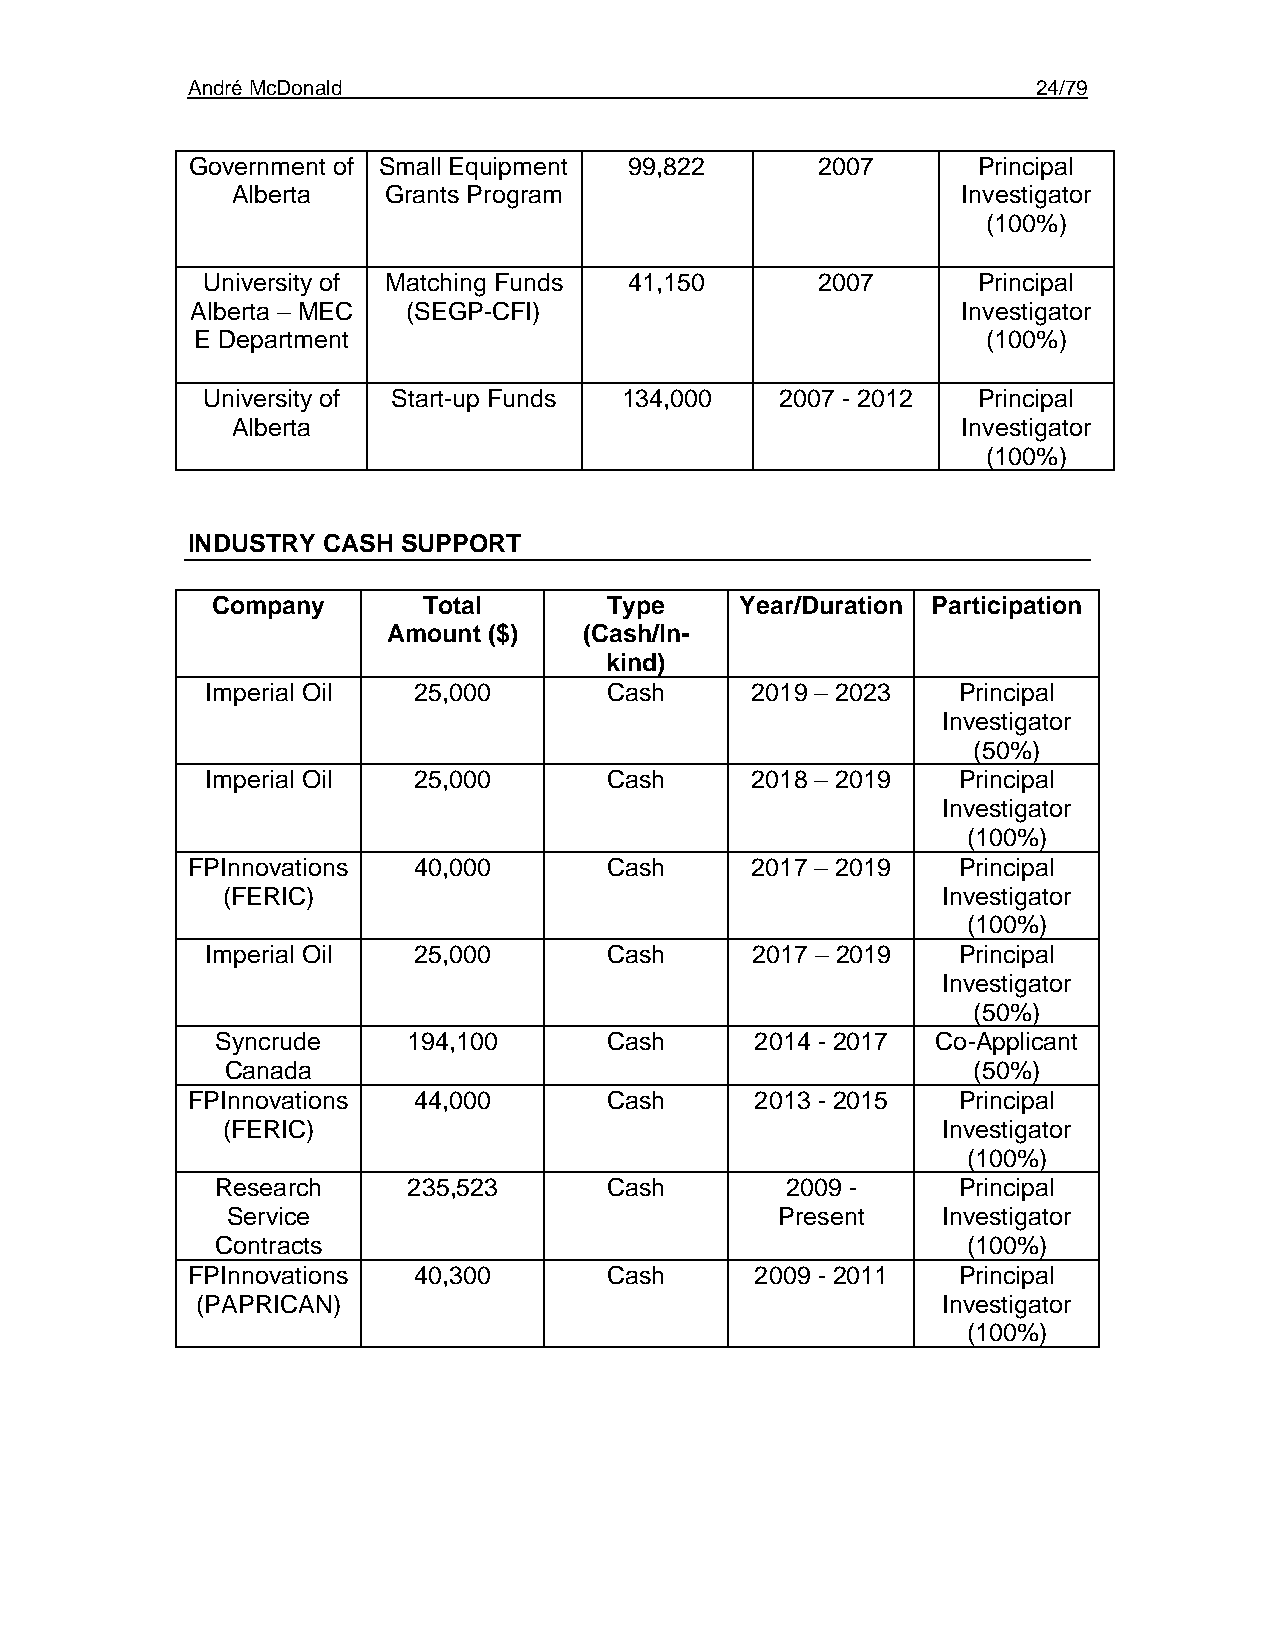
André McDonald                                           24/79
 Government of Small Equipment 99,822      2007       Principal
 Alberta   Grants Program                         Investigator
 (100%)
 University of Matching Funds 41,150      2007       Principal
 Alberta – MEC (SEGP-CFI)                           Investigator
 E Department                                        (100%)
 University of Start-up Funds 134,000   2007 - 2012  Principal
 Alberta                                          Investigator
 (100%)
 INDUSTRY CASH  SUPPORT
 Company       Total       Type     Year/Duration Participation
 Amount ($)   (Cash/In-
 kind)
 Imperial Oil 25,000       Cash      2019 – 2023  Principal
 Investigator
 (50%)
 Imperial Oil 25,000       Cash      2018 – 2019  Principal
 Investigator
 (100%)
 FPInnovations  40,000       Cash      2017 – 2019  Principal
 (FERIC)                                        Investigator
 (100%)
 Imperial Oil 25,000       Cash      2017 – 2019  Principal
 Investigator
 (50%)
 Syncrude     194,100      Cash      2014 - 2017 Co-Applicant
 Canada                                           (50%)
 FPInnovations  44,000       Cash      2013 - 2015  Principal
 (FERIC)                                        Investigator
 (100%)
 Research     235,523      Cash        2009 -     Principal
 Service                              Present   Investigator
 Contracts                                         (100%)
 FPInnovations  40,300       Cash      2009 - 2011  Principal
 (PAPRICAN)                                       Investigator
 (100%)